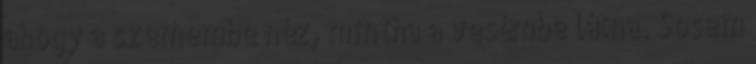
ahogy a szemembe néz, mintha a vesémbe látna. Sosem